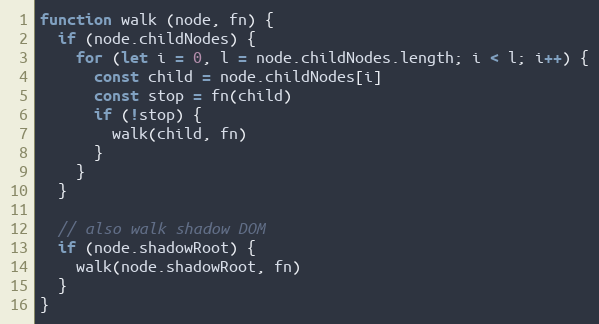
Language: JavaScript
function walk (node, fn) {
  if (node.childNodes) {
    for (let i = 0, l = node.childNodes.length; i < l; i++) {
      const child = node.childNodes[i]
      const stop = fn(child)
      if (!stop) {
        walk(child, fn)
      }
    }
  }

  // also walk shadow DOM
  if (node.shadowRoot) {
    walk(node.shadowRoot, fn)
  }
}